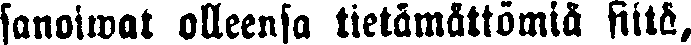
sanoiwat olleensa tietämättömiä siitä,